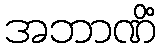
အဘာဏိံ